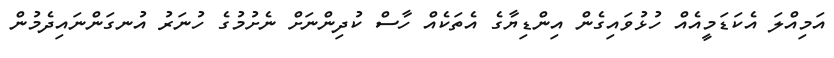
އަމިއްލަ އެކަޑަމީއެއް ހުޅުވައިގެން އިންޑިޔާގެ އެތަކެއް ހާސް ކުދިންނަށް ނެށުމުގެ ހުނަރު އުނގަންނައިދެމުން